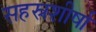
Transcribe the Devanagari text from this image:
सहस्रशीर्षा